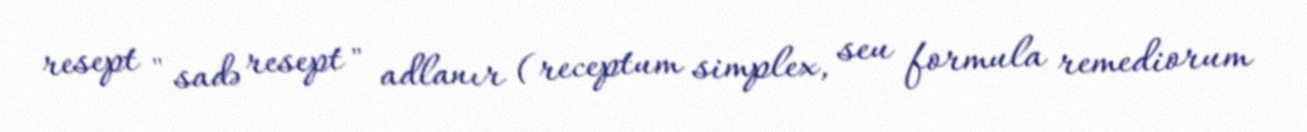
resept " sadə resept " adlanır (receptum simplex, seu formula remediorum